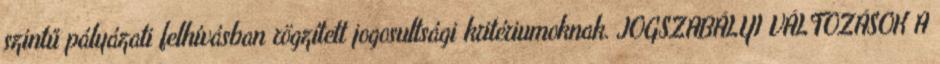
szintű pályázati felhívásban rögzített jogosultsági kritériumoknak. JOGSZABÁLYI VÁLTOZÁSOK A